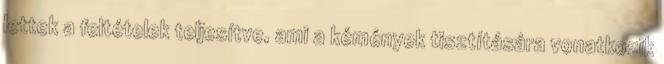
lettek a feltételek teljesítve, ami a kémények tisztítására vonatkozik